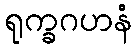
ရုက္ခဂဟနံ